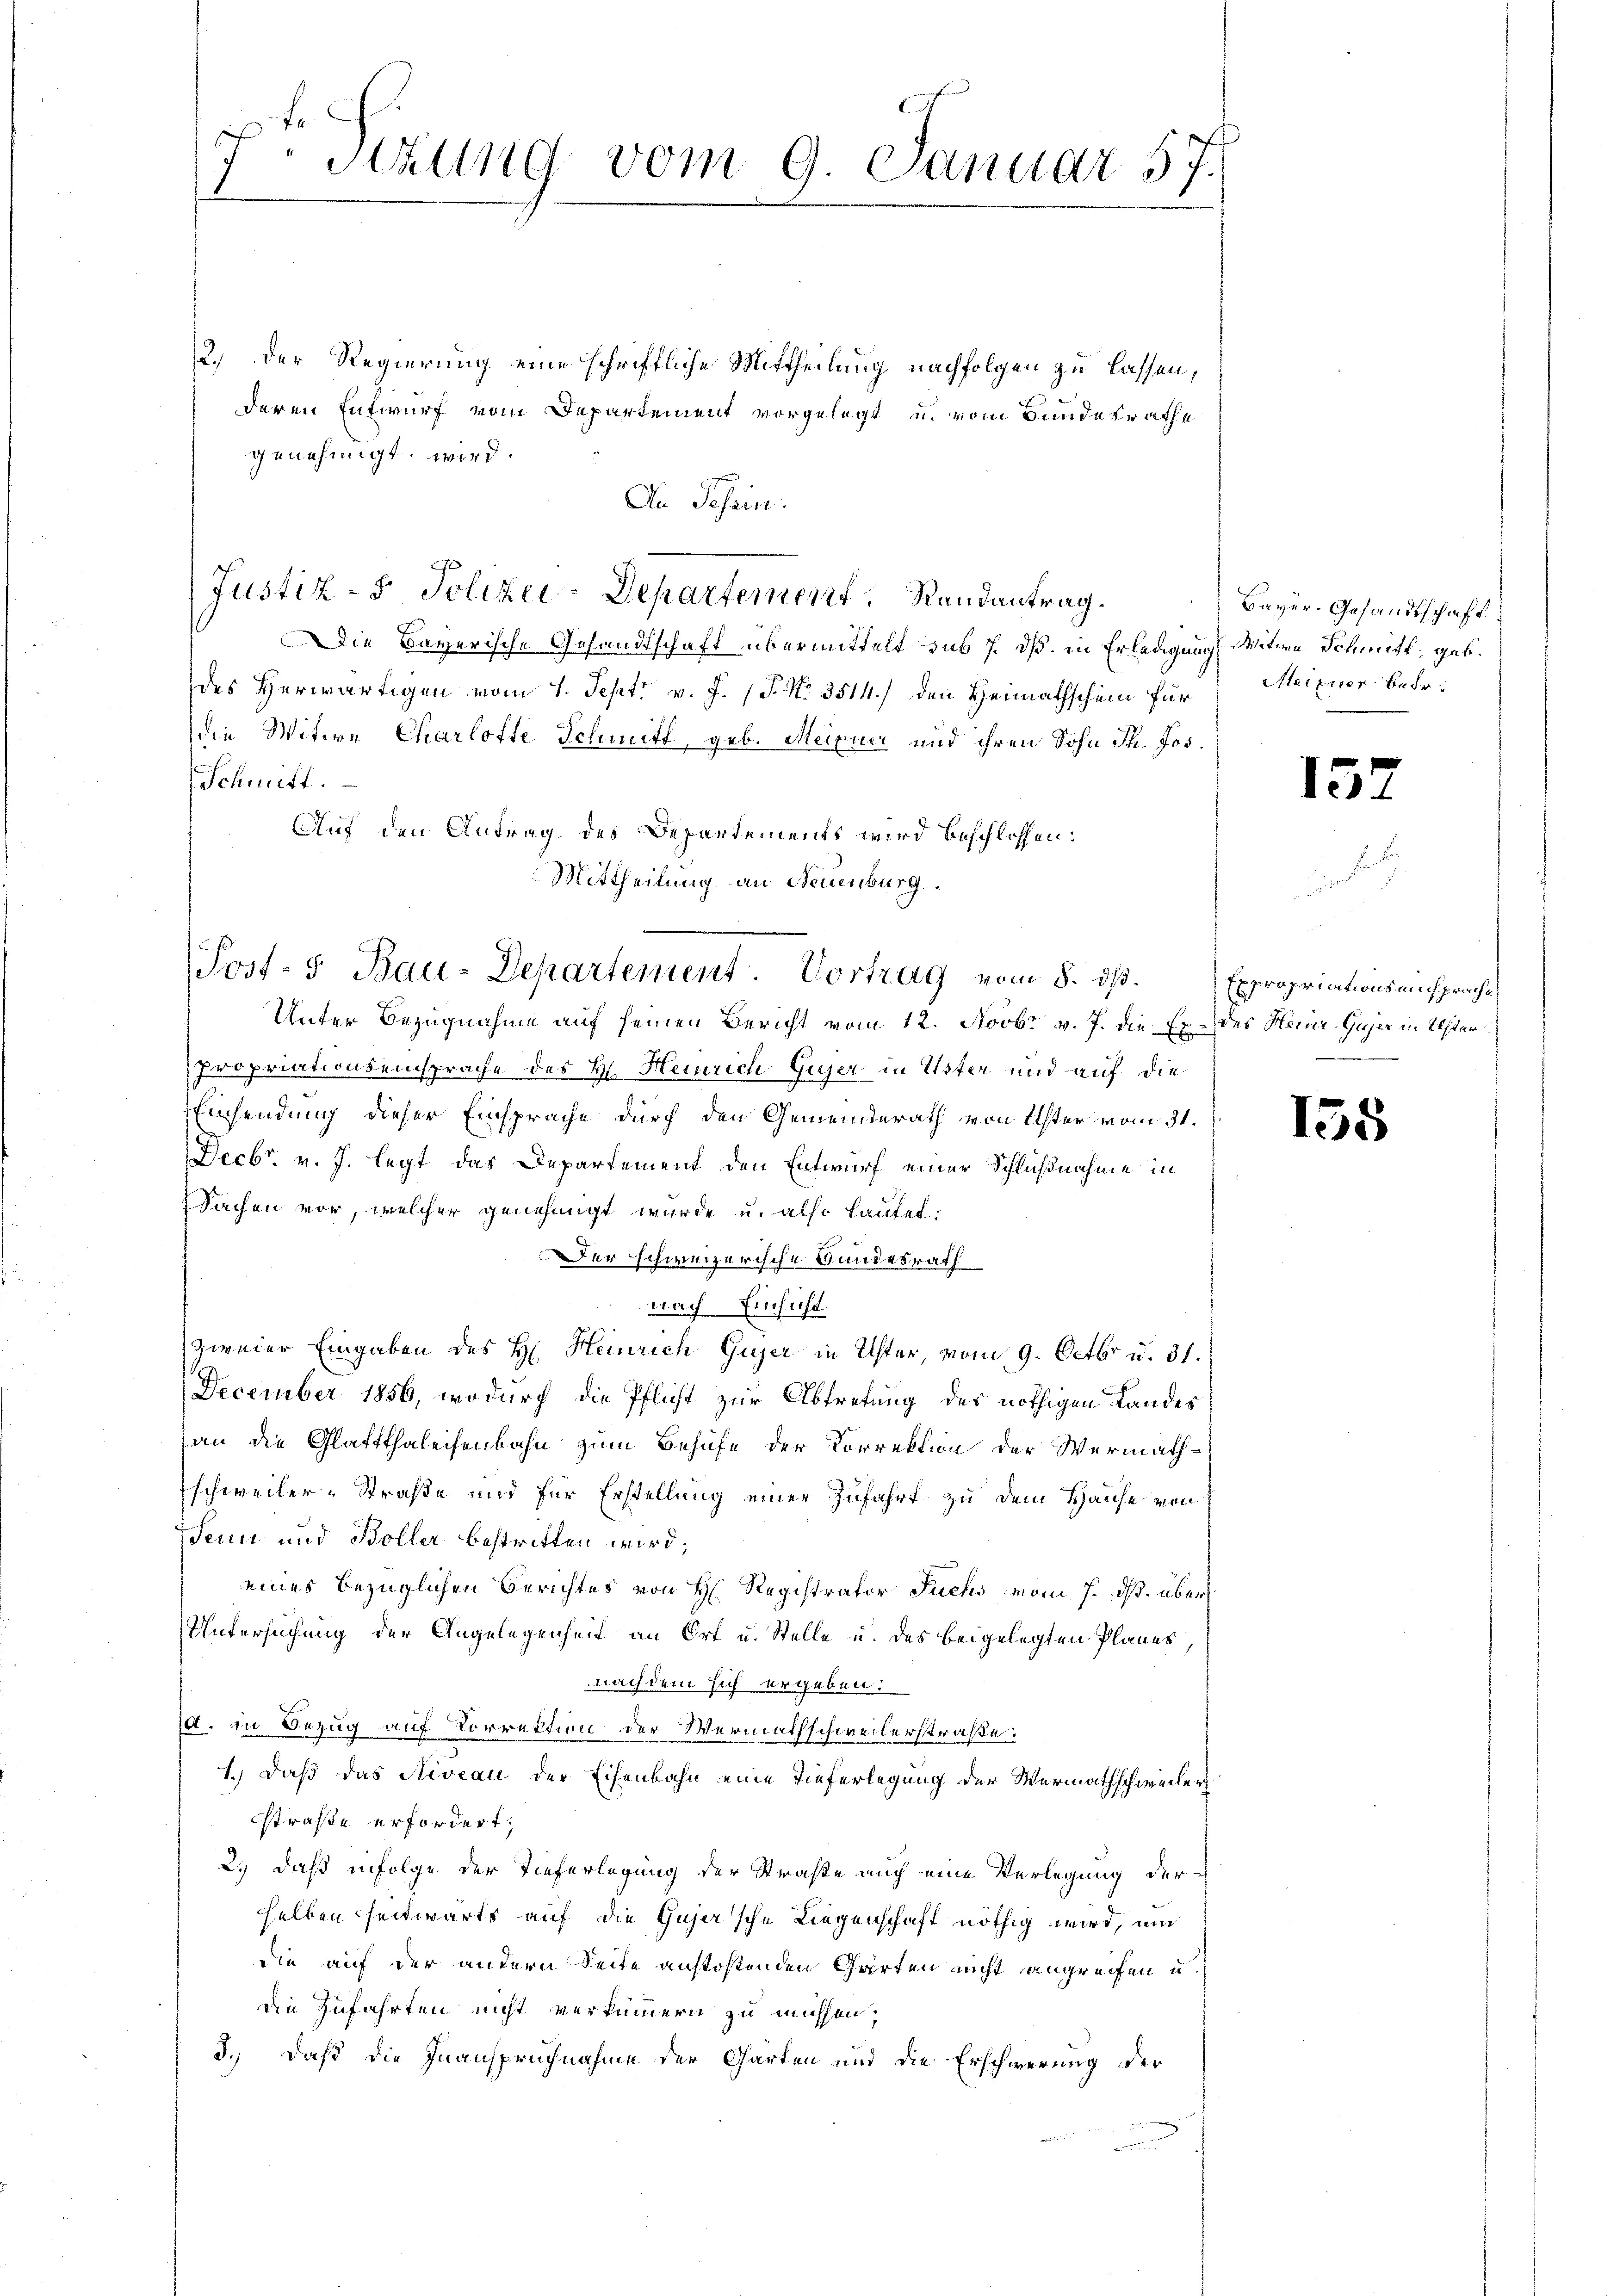
Stzung vom 9. Januar 57.

2.) Der Regierung eine schriftliche Mittheilung nachfolgen zu lassen,
deren Entwurf vom Departement vorgelegt u. vom Bundesrathe
genehmigt wird.
An Tessin:
(Justiz- & Polizei-Departement, Randantrag.
Die Bayerische Gesandtschaft übermittelt sub /. dß. in Erledigung Witwe Schmitt, geb.
des Herwärtigen vom 1. Sept. v. J. P. Nr. 3514.) den Heimathschein für Meixner Bedadie Witwe Charlofte Schmitt, geb. Meixner und ihren Sohn Th. Jos.
Schmitt
Auf den Antrag des Departements wird beschlossen:
Mittheilung an Neuenburg

Post- u Bau-Departement. Vortrag vom 8. ds.
Unter Bezugnahme auf seinen Bericht vom 12. Novbr v. J. die Ex- des Hauer-Gujer in Uster

Bayer, Gesandtschaft

propriationseinsprache des H. Heinrich Gujer in Uster und auf die
Einsendung dieser Einsprache durch den Gemeinderath von Uster vom 31.
Decbr. v. J. legt das Departement den Entwurf einer Schlußnahme in
Sachen vor, welcher genehmigt wurde u. also lautet:
Der schweizerische Bundesrath
nach Einsicht
zweier Eingaben des H. Heinrich Gujer in Uster, vom 9. Octbr. u. 31.
December 1856, wodurch die Pflicht zur Abtretung des nöthigen Landes
an die Glattthaleisenbahn zum Behufe der Korrektion der Wermath-
Eschweiler-Straße und für Erstellung einer Zufahrt zu dem Hause von
Senn und Bolle bestritten wird;
eines bezüglichen Berichtes von H. Registrator Fuchs vom 7. ds. über
Untersuchung der Angelegenheit an Ort u. Stelle u. des beigelegten Planes,
nachdem sich ergeben:
d. in Bezug auf Korrektion der Wermathschweilerstraße:
1.) Daß das Niveau der Eisenbahn eine Tieferlegung der Wermathschweiler
straße erfordert;
2.) daß infolge der Tieferlegung der Straße auch eine Verlegung der
selben seitwärts auf die Gujer'sche Liegenschaft nöthig wird, um
die auf der andern Seite anstostenden Garten nicht angreifen u.
die Zufahrten nicht verkümmern zu müssen,
3.) Daß die Inanspruchnahme der Garten und die Erschwerung der

1

Expropriationsansprache,

155